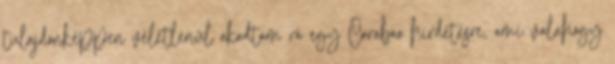
tulajdonképpen véletlenül akadtam rá egy Carabao hirdetésre, ami valahogy